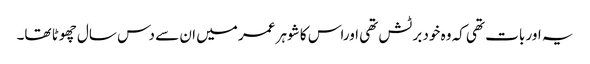
یہ اور بات تھی کہ وہ خود برٹش تھی اوراس کا شوہر عمر میں ان سے دس سال چھوٹا تھا۔